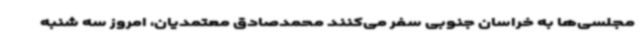
مجلسی‌ها به خراسان جنوبی سفر می‌کنند محمدصادق معتمدیان، امروز سه شنبه